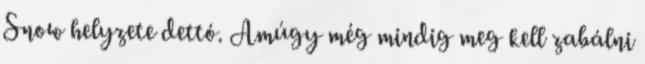
Snow helyzete dettó. Amúgy még mindig meg kell zabálni